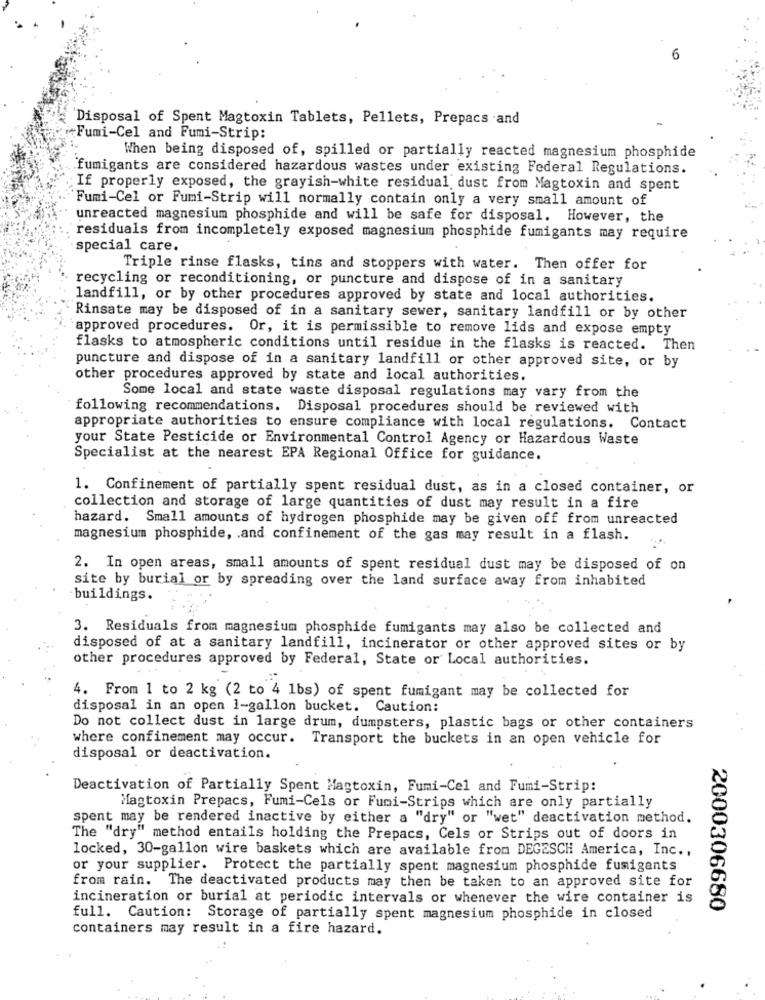
6
Disposal of Spent Magtoxin Tablets, Pellets, Prepacs and
+Fumi-Cel and Fumi-Strip:
When being disposed of, spilled or partially reacted magnesium phosphide
fumigants are considered hazardous wastes under existing Federal Regulations.
If properly exposed, the grayish-white residual dust from Magtoxin and spent
Fumi-Cel or Fumi-Strip will normally contain only a very small amount of
unreacted magnesium phosphide and will be safe for disposal. However, the
residuals from incompletely exposed magnesium phosphide fumigants may require
special care.
Triple rinse flasks, tins and stoppers with water. Then offer for
recycling or reconditioning, or puncture and dispose of in a sanitary
landfill, or by other procedures approved by state and local authorities.
Rinsate may be disposed of in a sanitary sewer, sanitary landfill or by other
`approved procedures. Or, it is permissible to remove lids and expose empty
flasks to atmospheric conditions until residue in the flasks is reacted. Then
puncture and dispose of in a sanitary landfill or other approved site, or by
other procedures approved by state and local authorities.
Some local and state waste disposal regulations may vary from the
following recommendations. Disposal procedures should be reviewed with
appropriate authorities to ensure compliance with local regulations. Contact
your State Pesticide or Environmental Control Agency or Hazardous Waste
Specialist at the nearest EPA Regional Office for guidance.
1. Confinement of partially spent residual dust, as in a closed container, or
collection and storage of large quantities of dust may result in a fire
hazard. Small amounts of hydrogen phosphide may be given off from unreacted
magnesium phosphide, . and confinement of the gas may result in a flash.
2. In open areas, small amounts of spent residual dust may be disposed of on
site by burial or by spreading over the land surface away from inhabited
buildings.
3. Residuals from magnesium phosphide fumigants may also be collected and
disposed of at a sanitary landfill, incinerator or other approved sites or by
other procedures approved by Federal, State or Local authorities.
4. From 1 to 2 kg (2 to 4 1bs) of spent fumigant may be collected for
disposal in an open 1-gallon bucket. Caution:
Do not collect dust in large drum, dumpsters, plastic bags or other containers
where confinement may occur. Transport the buckets in an open vehicle for
disposal or deactivation.
Deactivation of Partially Spent Magtoxin, Fumi-Cel and Fumi-Strip:
Magtoxin Prepacs, Fumi-Cels or Fumi-Strips which are only partially
spent may be rendered inactive by either a "dry" or "wet" deactivation method.
The "dry" method entails holding the Prepacs, Cels or Strips out of doors in
locked, 30-gallon wire baskets which are available from DEGESCH America, Inc .,
or your supplier. Protect the partially spent magnesium phosphide fusigants
from rain. The deactivated products may then be taken to an approved site for
incineration or burial at periodic intervals or whenever the wire container is
2000306680
full. Caution: Storage of partially spent magnesium phosphide in closed
containers may result in a fire hazard.